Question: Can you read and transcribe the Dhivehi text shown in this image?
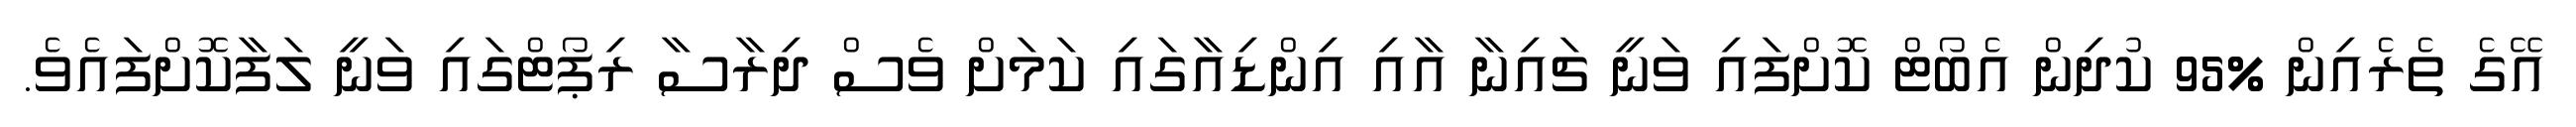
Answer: އޭގެ ތެރެއިން %95 ކުދިން އެބޯޓް ކޮށްފައި ވަނީ ޗައިނާ އާއި އިންޑިއާގައި ކަމަށް ވެސް ދިރާސާ ރިޕޯޓްގައި ވަނީ ލަފާކޮށްފައެވެ.